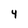
Character: 4